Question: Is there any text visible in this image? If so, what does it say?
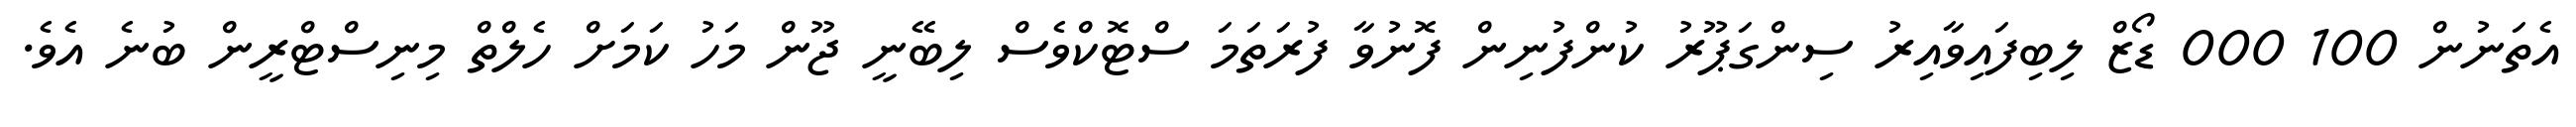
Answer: އެތަނުން 100 000 ޑޯޒް ލިބިފައިވާއިރު ސިންގަޕޫރު ކުންފުނިން ފޮނުވާ ފުރަތަމަ ސްޓޮކްވެސް ލިބޭނީ ޖޫން މަހު ކަމަށް ހެލްތް މިނިސްޓްރީން ބުނެ އެވެ.